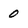
Character: 0